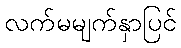
လက်မမျက်နှာပြင်